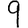
Digit: 9